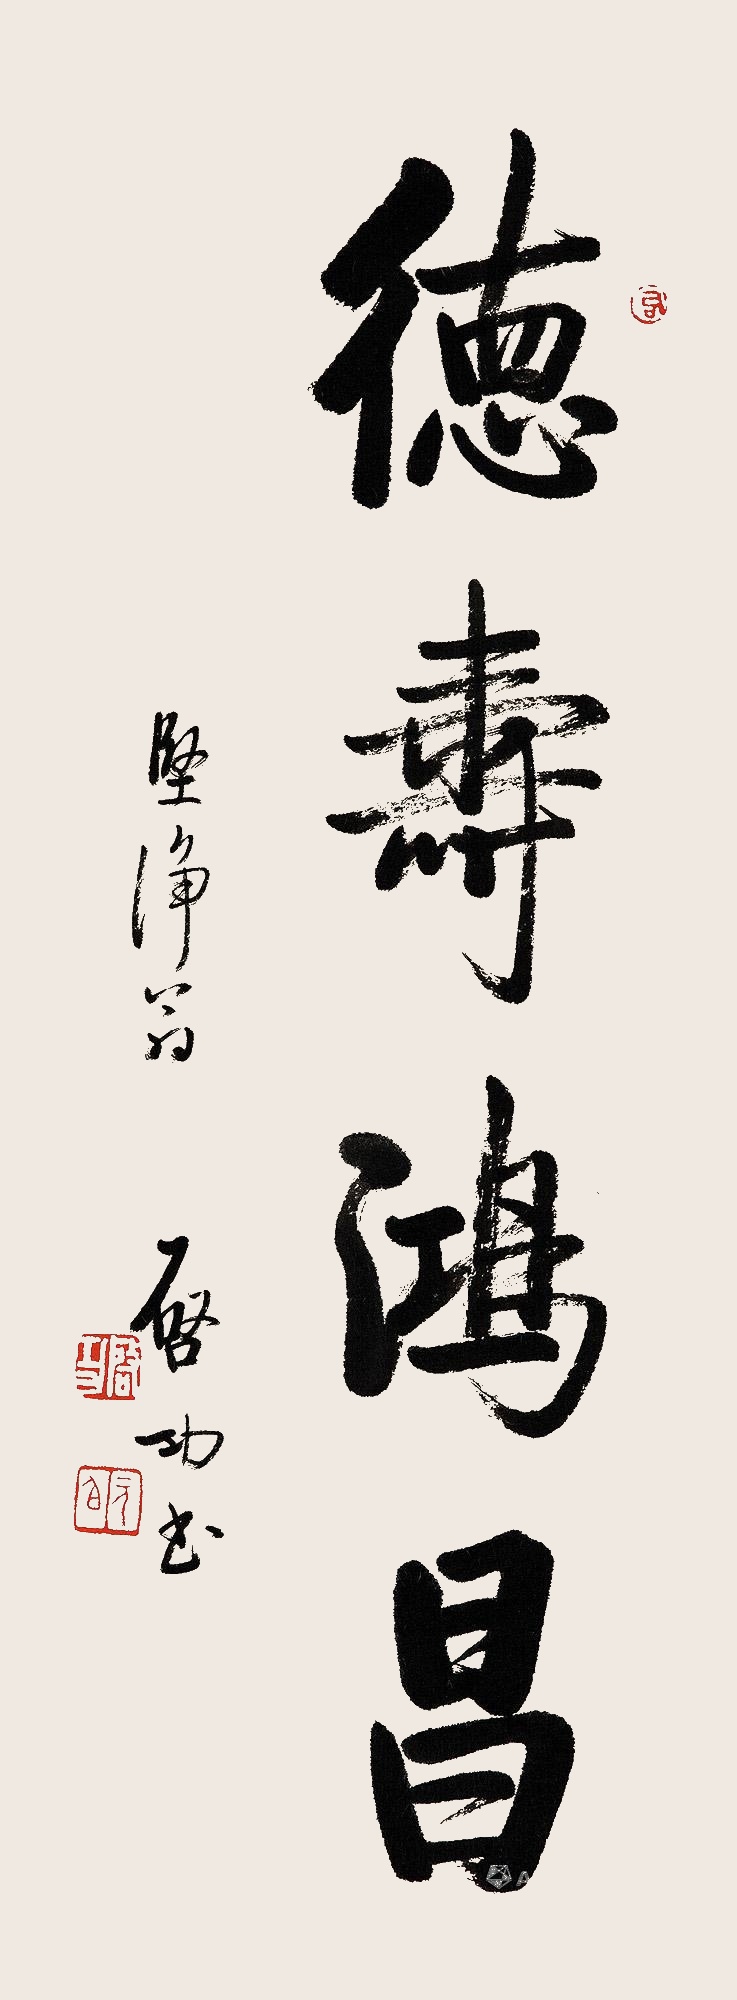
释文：德寿鸿昌坚净翁，启功书。